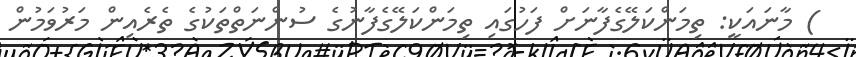
) މާނައަކީ: ތިމަންކަލޭގެފާނަށް ފަހުގައި ތިމަންކަލޭގެފާނުގެ ސުންނަތްތަކުގެ ތެރެއިން މަރުވަމުން